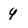
Character: q